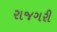
રાજગરી